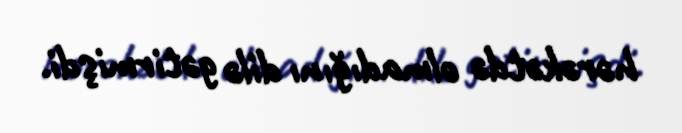
hərəkətdə olmadığını dilə gətirmişdi.